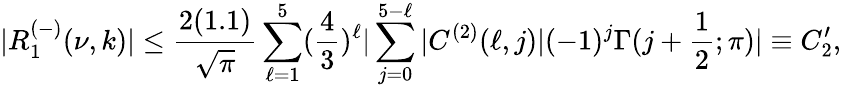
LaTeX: |R_{1}^{(-)}(\nu,k)|\leq\frac{2(1.1)}{\sqrt{\pi}}\sum_{\ell=1}^{5}(\frac{4}{3})^{\ell}|\sum_{j=0}^{5-\ell}|C^{(2)}(\ell,j)|(-1)^{j}\Gamma(j+\frac{1}{2};\pi)|\equiv C_{2}^{\prime},